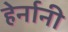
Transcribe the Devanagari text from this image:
हेर्नानी